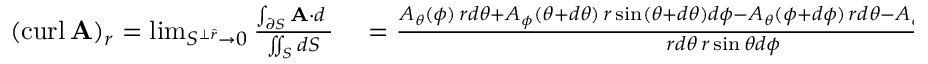
\begin{array} { r l } { ( \operatorname { c u r l } \mathbf { A } ) _ { r } = \operatorname* { l i m } _ { S ^ { \perp { \boldsymbol { \hat { r } } } } \to 0 } { \frac { \int _ { \partial S } \mathbf { A } \cdot d \mathbf { \ell } } { \iint _ { S } d S } } } & { { } = { \frac { A _ { \theta } ( \phi ) \, r d \theta + A _ { \phi } ( \theta + d \theta ) \, r \sin ( \theta + d \theta ) d \phi - A _ { \theta } ( \phi + d \phi ) \, r d \theta - A _ { \phi } ( \theta ) \, r \sin ( \theta ) d \phi } { r d \theta \, r \sin \theta d \phi } } } \end{array}